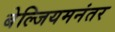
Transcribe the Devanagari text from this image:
बेल्जियमनंतर